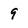
Character: 9